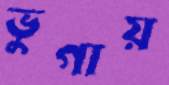
ভুগায়